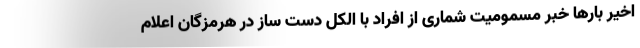
اخیر بارها خبر مسمومیت شماری از افراد با الکل دست ساز در هرمزگان اعلام